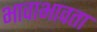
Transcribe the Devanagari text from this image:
भावाभावता